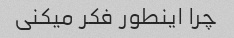
چرا اینطور فکر میکنی